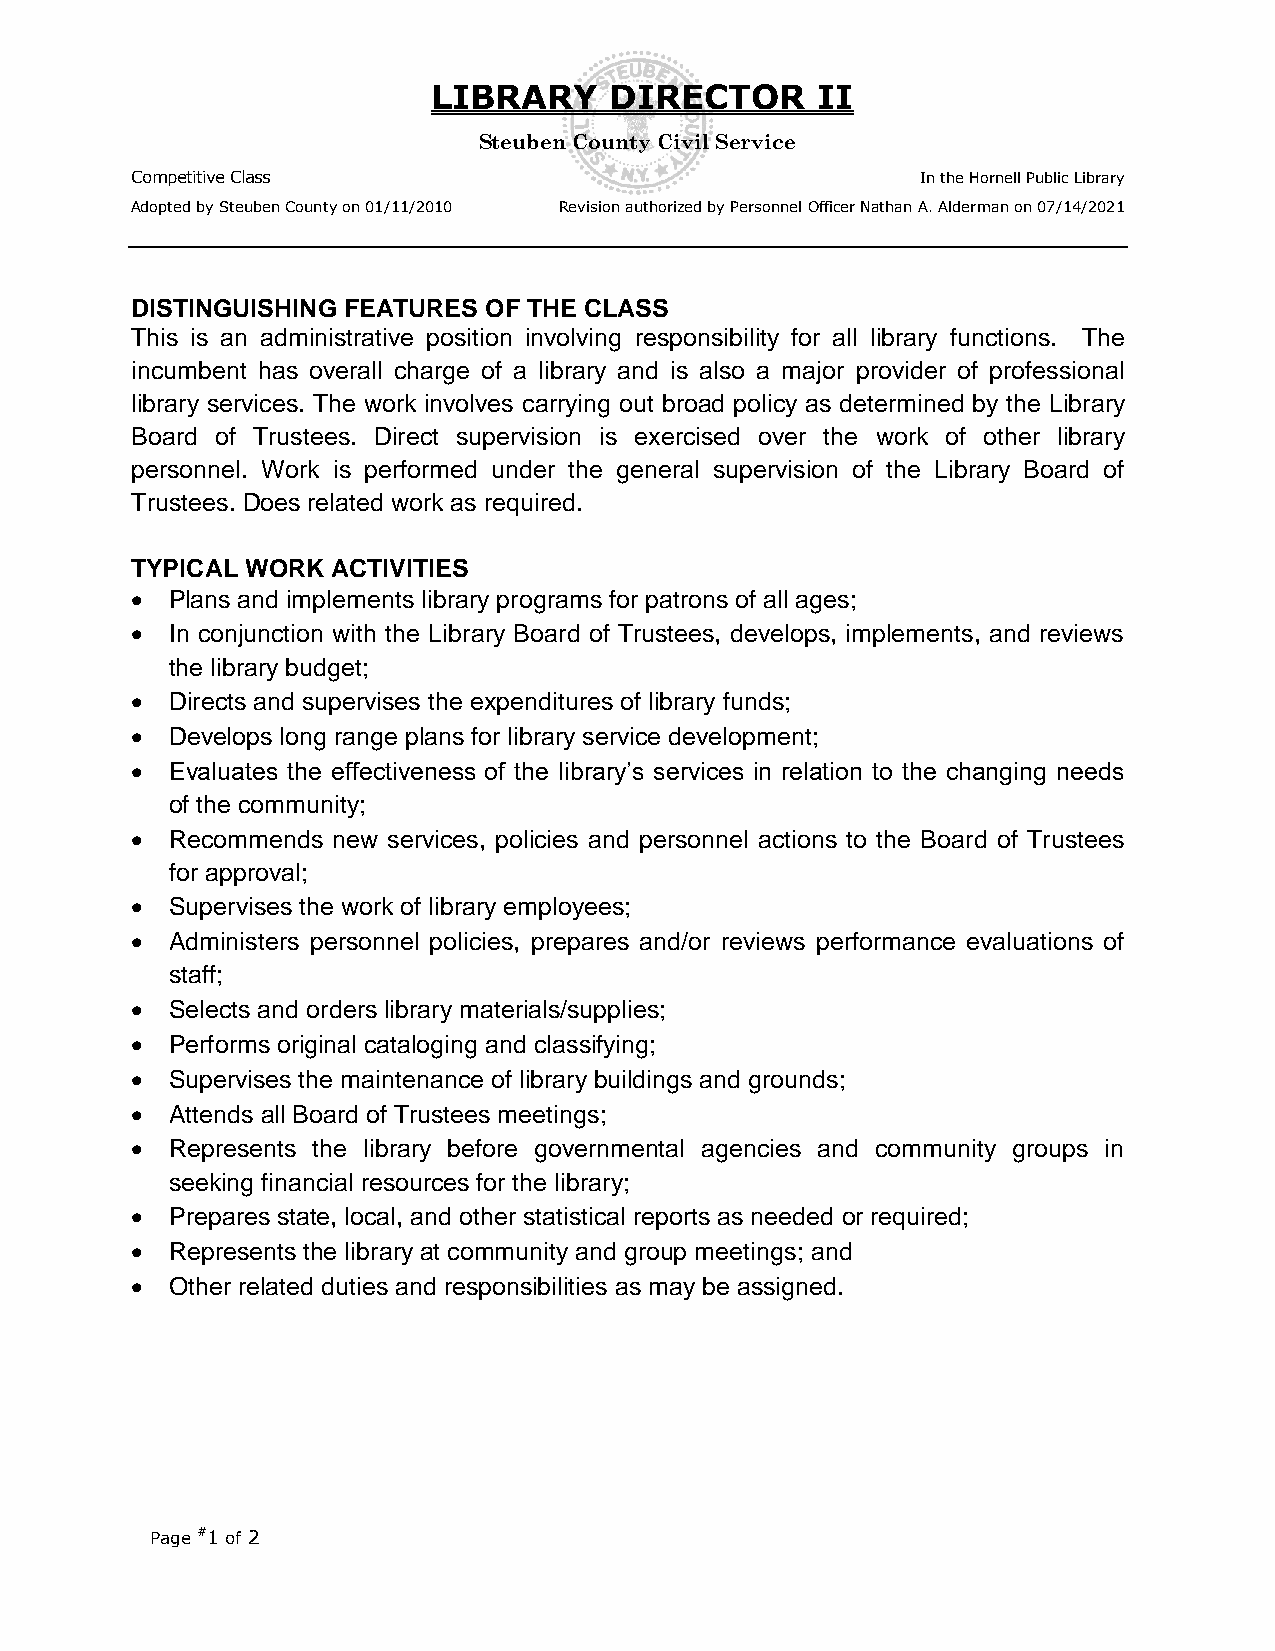
LIBRARY    DIRECTOR      II
 Steuben County Civil Service
 Competitive Class                                   In the Hornell Public Library
 Adopted by Steuben County on 01/11/2010 Revision authorized by Personnel Officer Nathan A. Alderman on 07/14/2021
 DISTINGUISHING FEATURES OF THE CLASS
 This is an administrative position involving responsibility for all library functions. The
 incumbent has overall charge of a library and is also a major provider of professional
 library services. The work involves carrying out broad policy as determined by the Library
 Board of Trustees. Direct supervision is exercised over the work of other library
 personnel. Work is performed under the general supervision of the Library Board of
 Trustees. Does related work as required.
 TYPICAL WORK ACTIVITIES
  Plans and implements library programs for patrons of all ages;
  In conjunction with the Library Board of Trustees, develops, implements, and reviews
 the library budget;
  Directs and supervises the expenditures of library funds;
  Develops long range plans for library service development;
  Evaluates the effectiveness of the library’s services in relation to the changing needs
 of the community;
  Recommends new services, policies and personnel actions to the Board of Trustees
 for approval;
  Supervises the work of library employees;
  Administers personnel policies, prepares and/or reviews performance evaluations of
 staff;
  Selects and orders library materials/supplies;
  Performs original cataloging and classifying;
  Supervises the maintenance of library buildings and grounds;
  Attends all Board of Trustees meetings;
  Represents the library before governmental agencies and community groups in
 seeking financial resources for the library;
  Prepares state, local, and other statistical reports as needed or required;
  Represents the library at community and group meetings; and
  Other related duties and responsibilities as may be assigned.
 Page #1 of 2